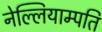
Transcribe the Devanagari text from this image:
नेल्लियाम्पति